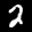
Label: 2